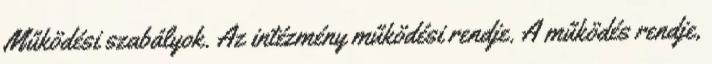
Működési szabályok. Az intézmény működési rendje. A működés rendje,